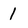
Character: 1